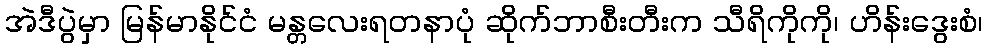
အဲဒီပွဲမှာ မြန်မာနိုင်ငံ မန္တလေးရတနာပုံ ဆိုက်ဘာစီးတီးက သီရိကိုကို၊ ဟိန်းဒွေးစံ၊